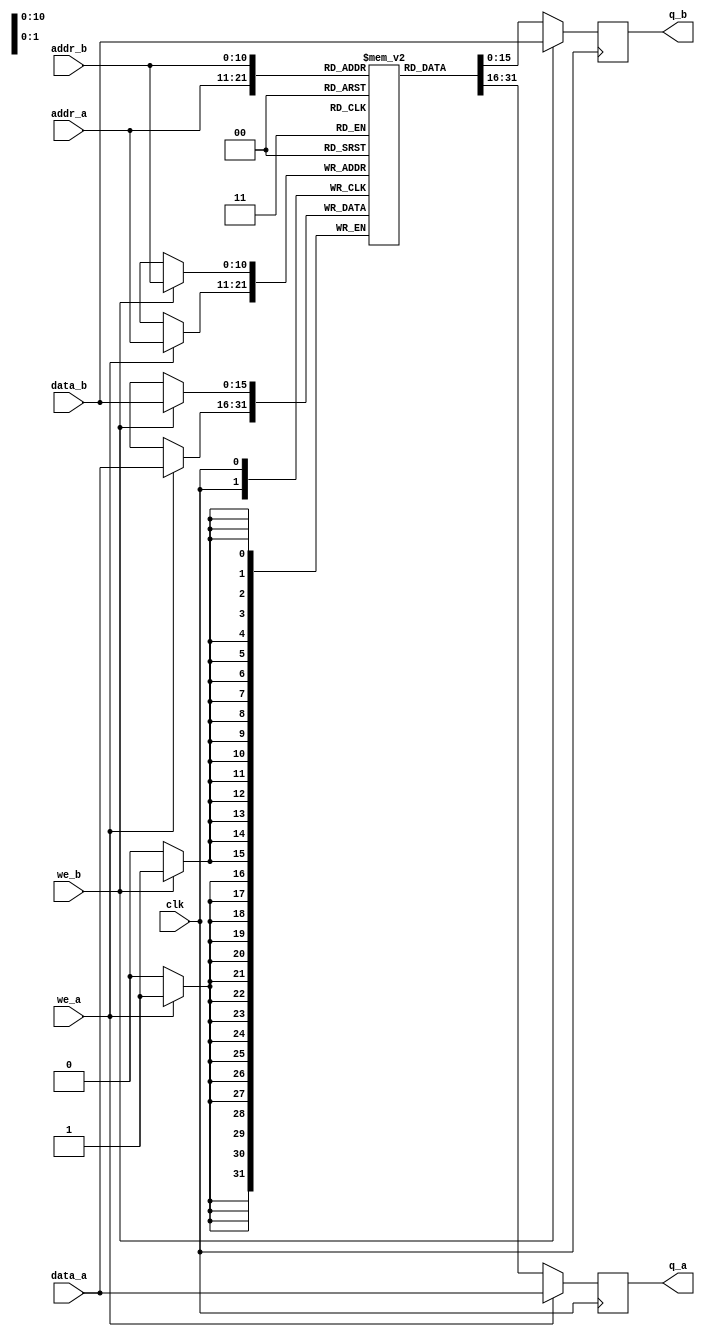
module V_RAM(
	input clk,
	input [15:0] data_a, data_b,
	input [10:0] addr_a, addr_b,
	input	we_a, we_b,
	output reg [15:0] q_a, q_b
);

reg [15:0] RAM [64 * 32];

initial
begin
	RAM[0] = 16'h00_57; // W
	RAM[1] = 16'h00_61; // a
 	RAM[2] = 16'h00_6B; // k
	RAM[3] = 16'h00_65; // e
 	RAM[4] = 16'h00_20; // <space>
	RAM[5] = 16'h00_75; // u
	RAM[6] = 16'h00_70; // p
	RAM[7] = 16'h00_2C; // ,
	RAM[8] = 16'h00_20; // <space>
	RAM[9] = 16'h00_4E; // N
	RAM[10] = 16'h00_65; // e
	RAM[11] = 16'h00_6F; // o
	RAM[12] = 16'h02_5F; // _ [blink]
end

	always @ (posedge clk)
	begin
		if (we_a) 
		begin
			RAM[addr_a] <= data_a;
			q_a <= data_a;
		end
		else 
		begin
			q_a <= RAM[addr_a];
		end
	end
	
	// Port B
	always @ (posedge clk)
	begin
		if (we_b)
		begin
			RAM[addr_b] <= data_b;
			q_b <= data_b;
		end
		else
		begin
			q_b <= RAM[addr_b];
		end
	end
endmodule